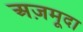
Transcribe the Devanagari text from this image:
अज़मूदा